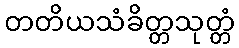
တတိယသံခိတ္တသုတ္တံ